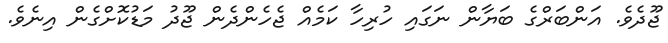
ޖޫދެވެ. އަންބަރްގެ ބަޔާން ނަގައި ހުރިހާ ކަމެއް ޖެހެންދެން ޖޫދު މަޑުކޮށްގެން އިނެވެ.